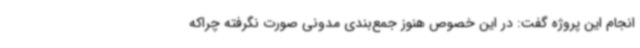
انجام این پروژه گفت: در این خصوص هنوز جمع‌بندی مدونی صورت نگرفته چراکه